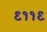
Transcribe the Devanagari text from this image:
९११९